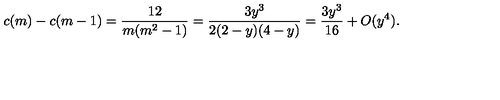
c ( m ) - c ( m - 1 ) = \frac { 1 2 } { m ( m ^ { 2 } - 1 ) } = \frac { 3 y ^ { 3 } } { 2 ( 2 - y ) ( 4 - y ) } = \frac { 3 y ^ { 3 } } { 1 6 } + O ( y ^ { 4 } ) .